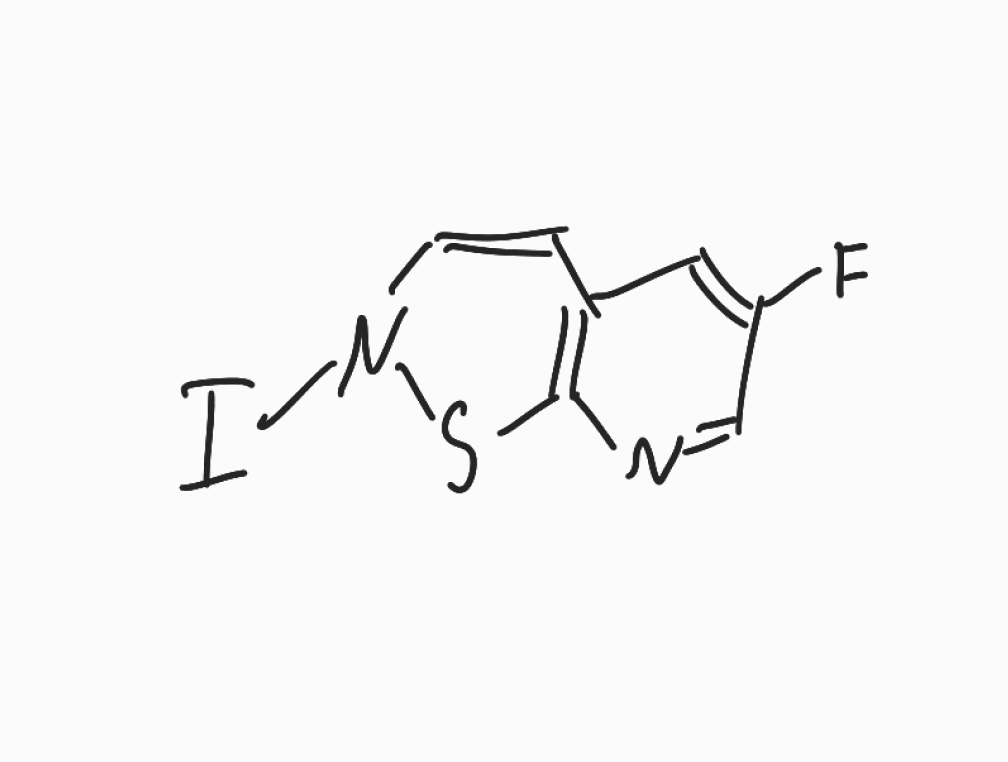
Simplified molecular-input line-entry system (SMILES) notation of the given molecule:
C1=CN(SC2=C1C=C(C=N2)F)I